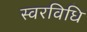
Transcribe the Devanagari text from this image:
स्वरविधि